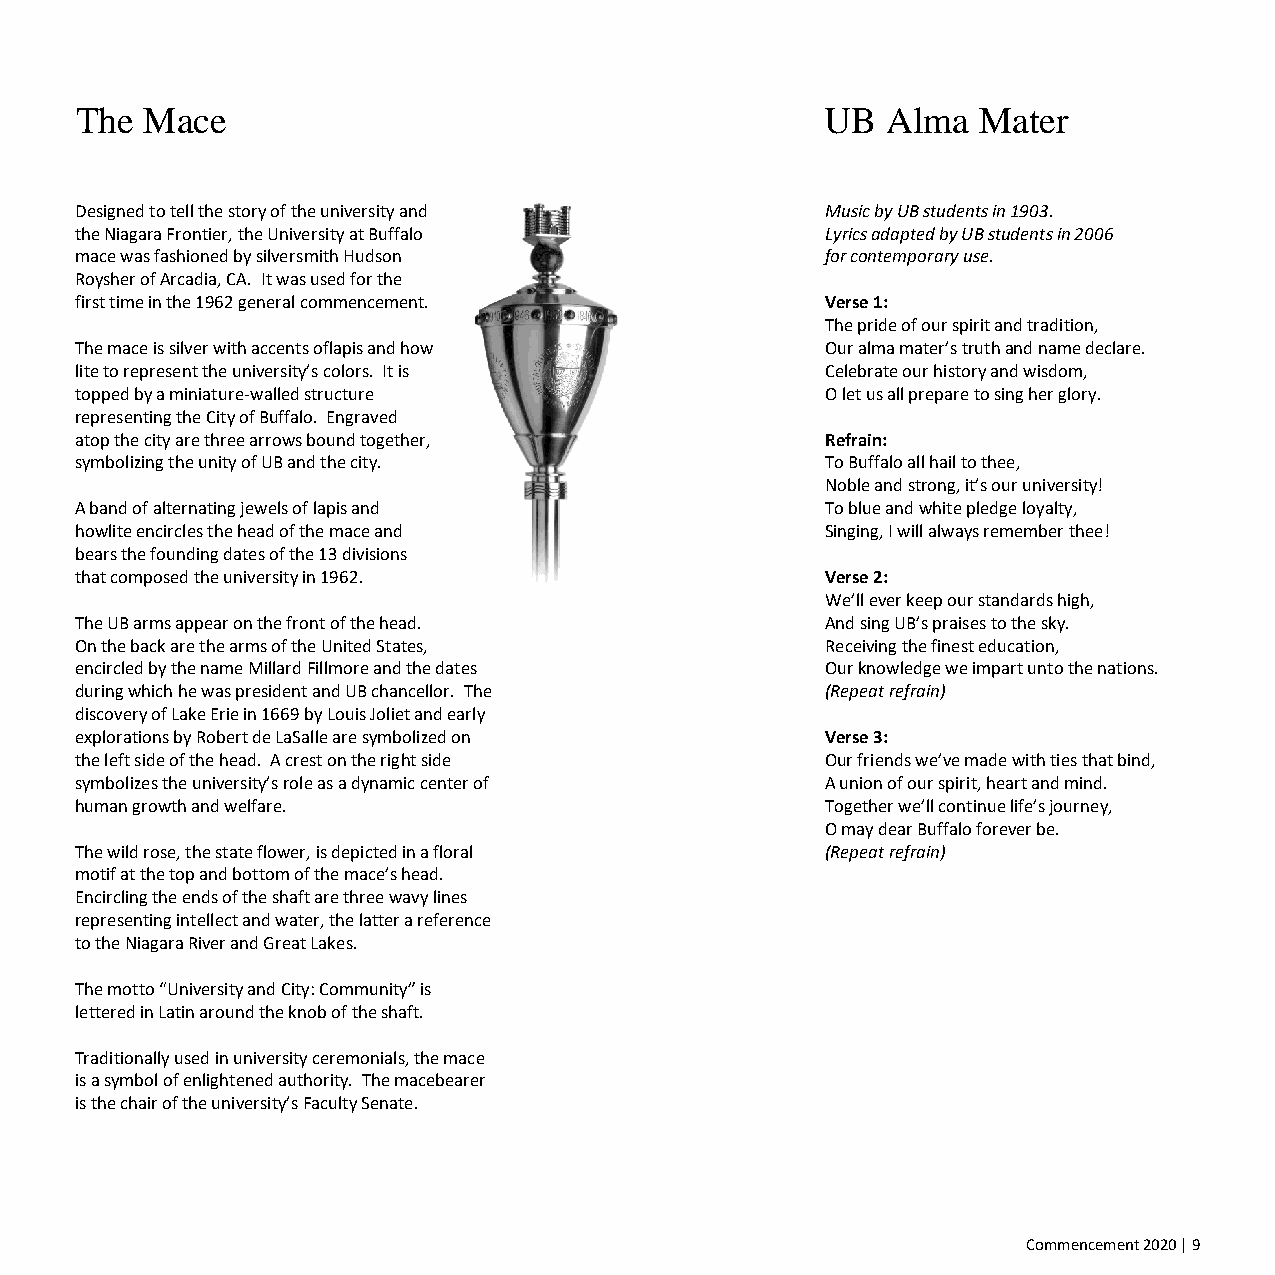
The Mace                                          UB  Alma  Mater
 Designed to tell the story of the university and  Music by UB students in 1903.
 the Niagara Frontier, the University at Buffalo   Lyrics adapted by UB students in 2006
 mace was fashioned by silversmith Hudson          for contemporary use.
 Roysher of Arcadia, CA. It was used for the
 first time in the 1962 general commencement.      Verse 1:
 The pride of our spirit and tradition,
 The mace is silver with accents oflapis and how   Our alma mater’s truth and name declare.
 lite to represent the university’s colors. It is  Celebrate our history and wisdom,
 topped by a miniature-walled structure            O let us all prepare to sing her glory.
 representing the City of Buffalo. Engraved
 atop the city are three arrows bound together,    Refrain:
 symbolizing the unity of UB and the city.         To Buffalo all hail to thee,
 Noble and strong, it’s our university!
 A band of alternating jewels of lapis and         To blue and white pledge loyalty,
 howlite encircles the head of the mace and        Singing, I will always remember thee!
 bears the founding dates of the 13 divisions
 that composed the university in 1962.             Verse 2:
 We’ll ever keep our standards high,
 The UB arms appear on the front of the head.      And sing UB’s praises to the sky.
 On the back are the arms of the United States,    Receiving the finest education,
 encircled by the name Millard Fillmore and the dates Our knowledge we impart unto the nations.
 during which he was president and UB chancellor. The (Repeat refrain)
 discovery of Lake Erie in 1669 by Louis Joliet and early
 explorations by Robert de LaSalle are symbolized on Verse 3:
 the left side of the head. A crest on the right side Our friends we’ve made with ties that bind,
 symbolizes the university’s role as a dynamic center of A union of our spirit, heart and mind.
 human growth and welfare.                         Together we’ll continue life’s journey,
 O may dear Buffalo forever be.
 The wild rose, the state flower, is depicted in a floral (Repeat refrain)
 motif at the top and bottom of the mace’s head.
 Encircling the ends of the shaft are three wavy lines
 representing intellect and water, the latter a reference
 to the Niagara River and Great Lakes.
 The motto “University and City: Community” is
 lettered in Latin around the knob of the shaft.
 Traditionally used in university ceremonials, the mace
 is a symbol of enlightened authority. The macebearer
 is the chair of the university’s Faculty Senate.
 Commencement 2020 | 9